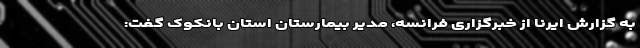
به گزارش ایرنا از خبرگزاری فرانسه، مدیر بیمارستان استان بانکوک گفت: